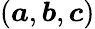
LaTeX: (\boldsymbol a,\boldsymbol b,\boldsymbol c)